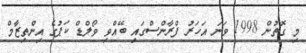
މި ގޮތުން 1998 ވަނަ އަހަރު ފްރާންސްގައި ބޭއްވި ވޯލްޑް ކަޕުގެ އިންތިޒާމް